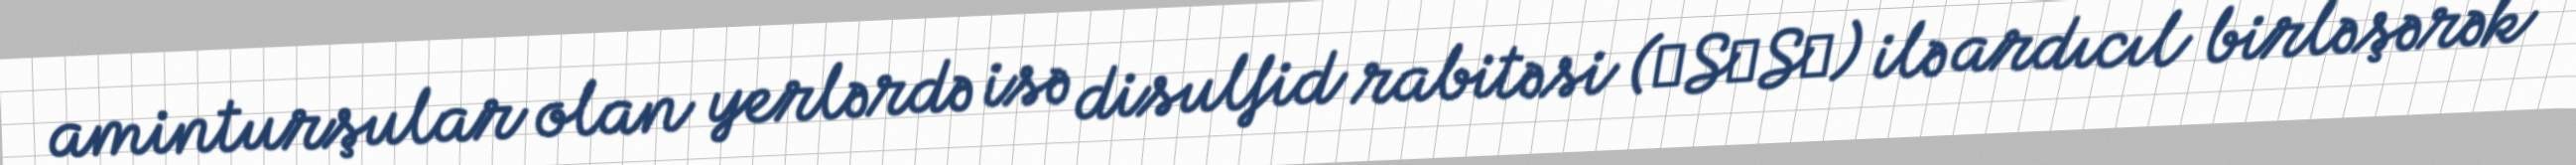
aminturşular olan yerlərdə isə disulfid rabitəsi (―S―S―) ilə ardıcıl birləşərək